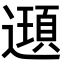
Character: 𨘀